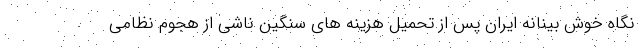
نگاه خوش بینانه ایران پس از تحمیل هزینه های سنگین ناشی از هجوم نظامی